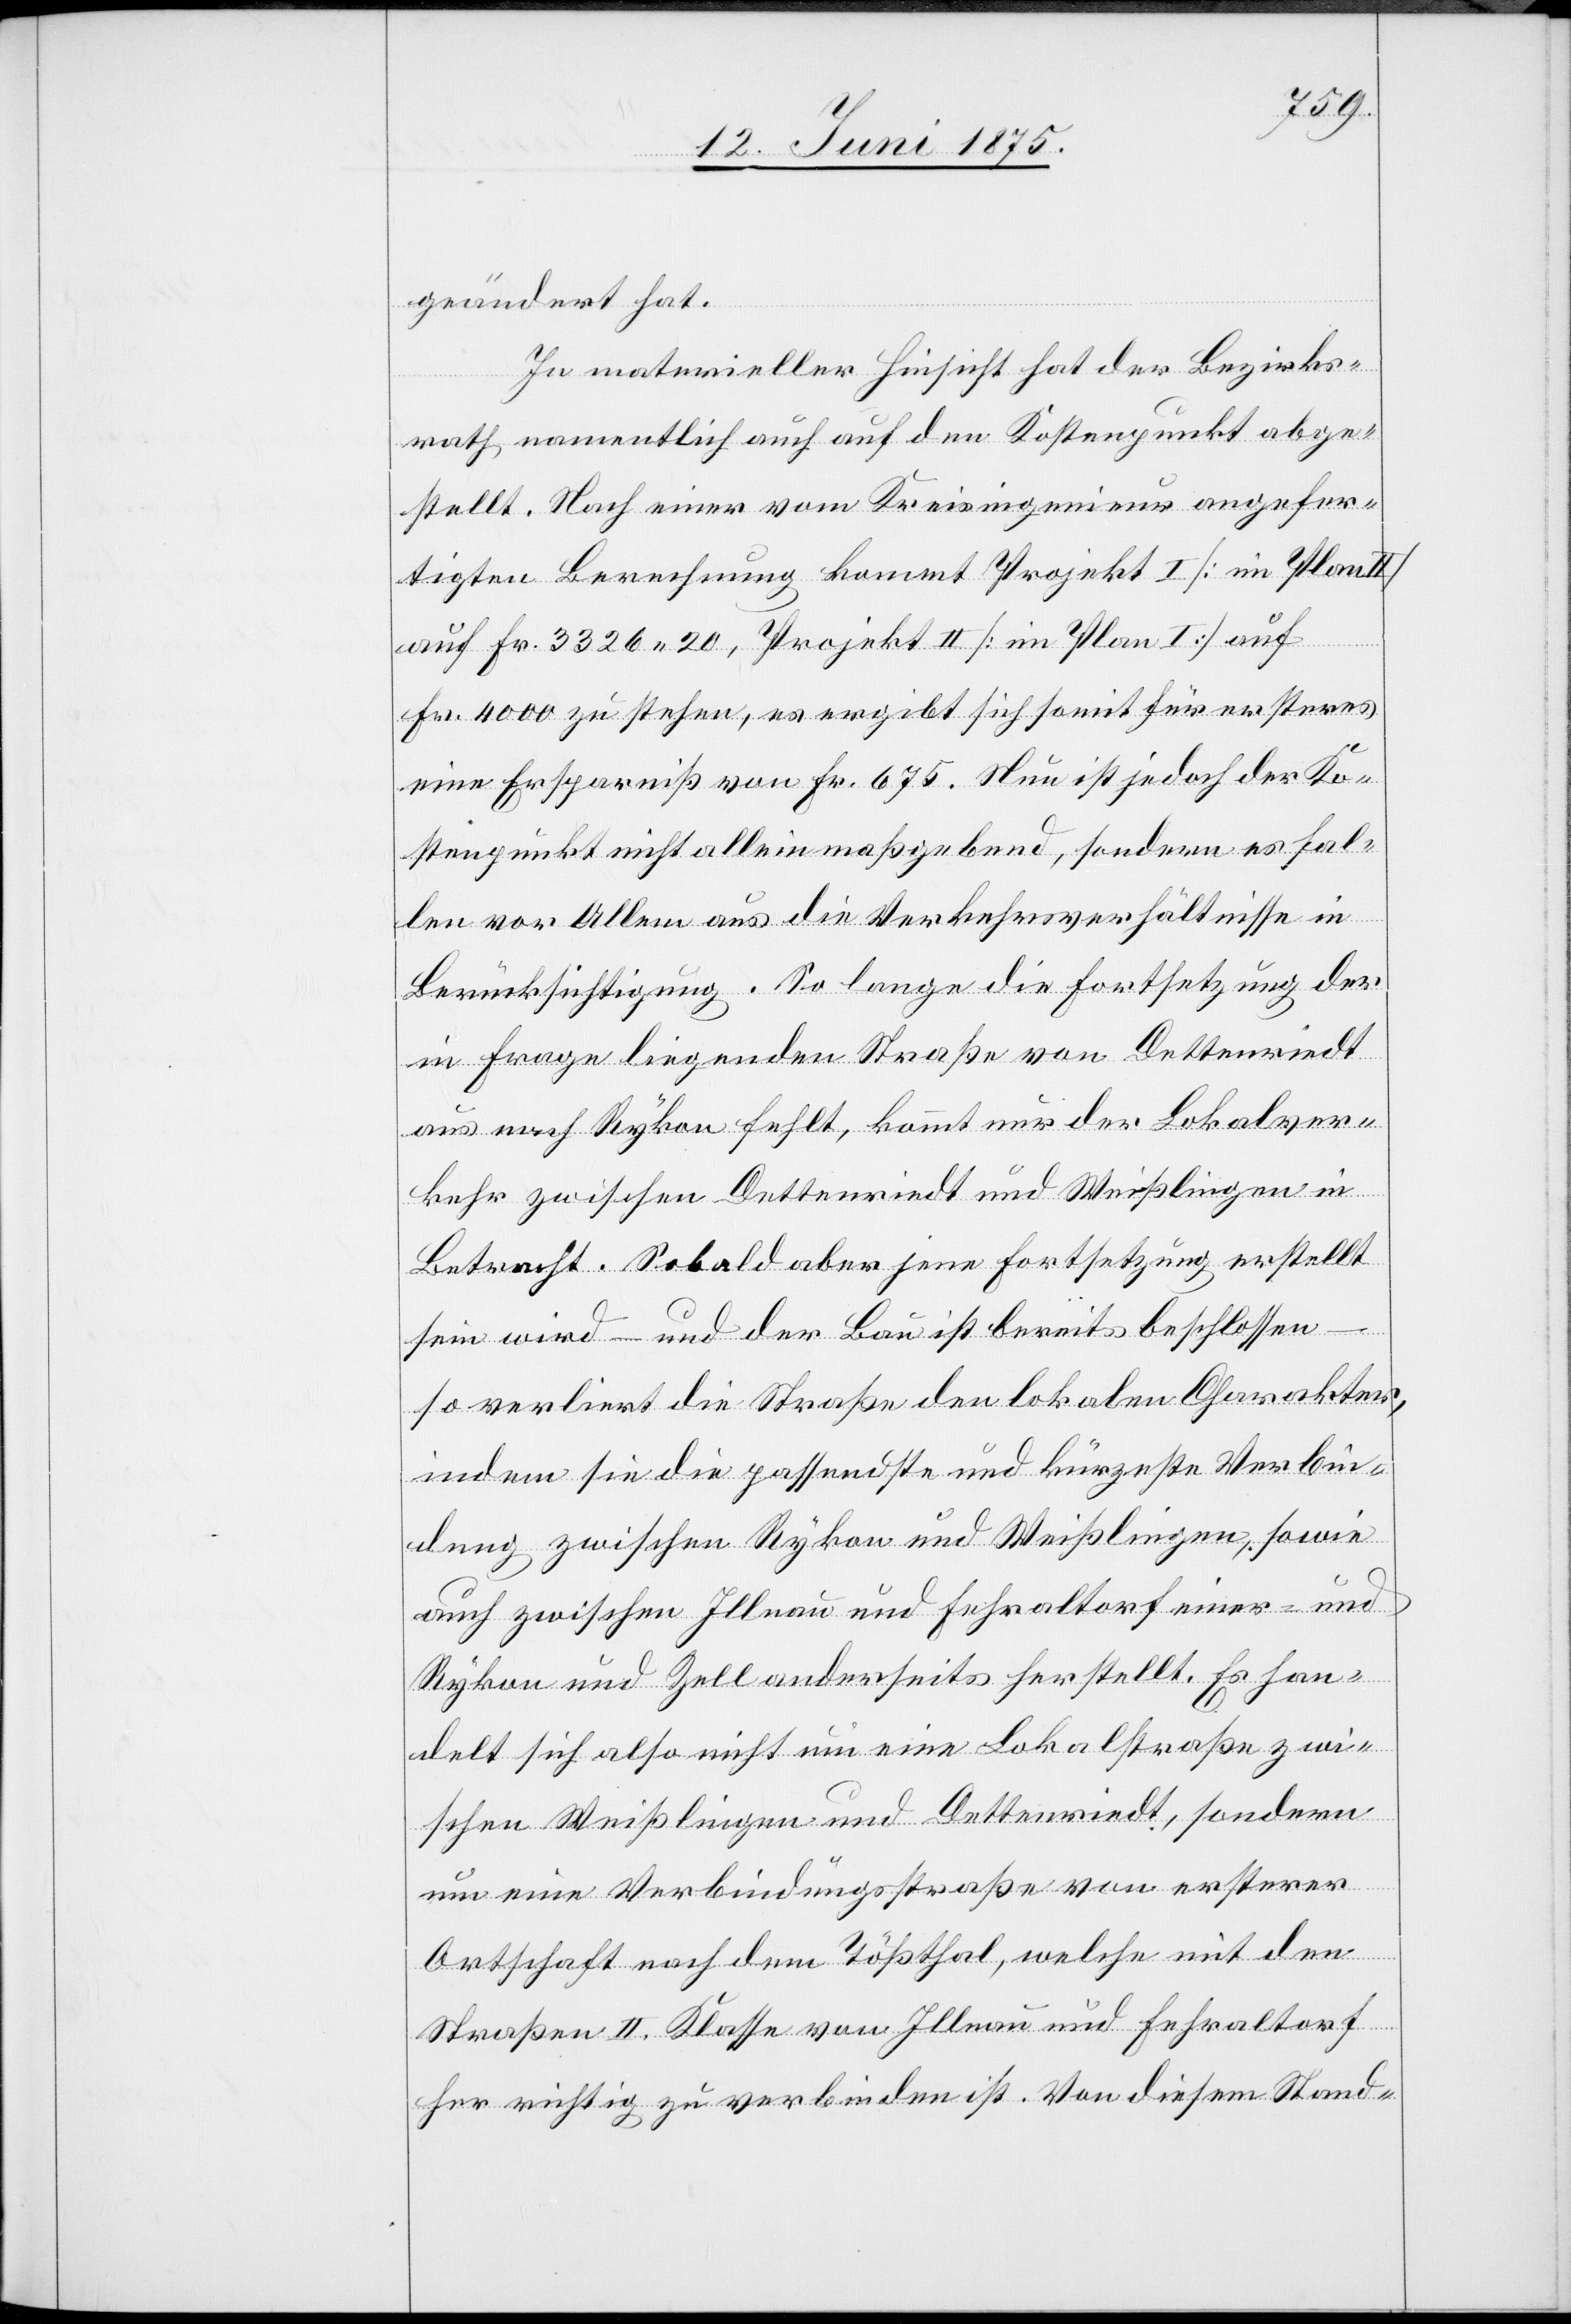
geändert hat.
In materieller Hinsicht hat der Bezirks¬
rath namentlich auch auf den Kostenpunkt abge¬
stellt. Nach einer vom Kreisingenieur angefer¬
tigten Berechnung kommt Projekt I [im Plan
auf Fr. 3326 20, Projekt II [im Plan I] auf
fr. 4000 zu stehen, es ergibt sich somit für ersteres
eine Ersparniß von Fr. 675. Neu ist jedoch der Ko¬
stenpunkt nicht allein maßgebend, sondern es fal¬
len vor Allem aus die Verkehrsverhältnisse in
Berücksichtigung. So lange die Fortsetzung der
in Frage liegenden Straße von Dettenriedt
aus nach Rykon fehlt, kommt nur der Lokalver¬
kehr zwischen Dettenriedt und Weißlingen in
Betracht. Sobald aber jene Fortsetzung erstellt
sein wird – und der Bau ist bereits beschlossen
so verliert die Straße den lokalen Charakter,
indem sie die passendste und kürzeste Verbin¬
dung zwischen Rykon und Weißlingen, sowie
auch zwischen Illnau und Fehraltorf einer- und
Rykon und Zell anderseits herstellt. Es han¬
delt sich also nicht um eine Lokalstraße zwi¬
schen Weißlingen und Dettenriedt, sondern
um eine Verbindungsstraße von ersterer
Ortschaft nach dem Tößthal, welche mit den
Straßen II. Klasse von Illnau und Fehraltorf
her richtig zu verbinden ist. Von diesem Stand-